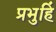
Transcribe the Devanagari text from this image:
प्रभुहिं